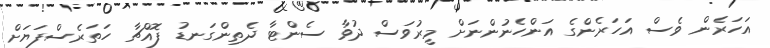
އަހަރެން ވެސް އަހަރެންގެ އަންހެނުންނަށް މީރުވަސް ދުވާ ސެންޓާ ދެތިންގަނޑު ފޮއްޗާ ހަތަރެސްފަޔަށް